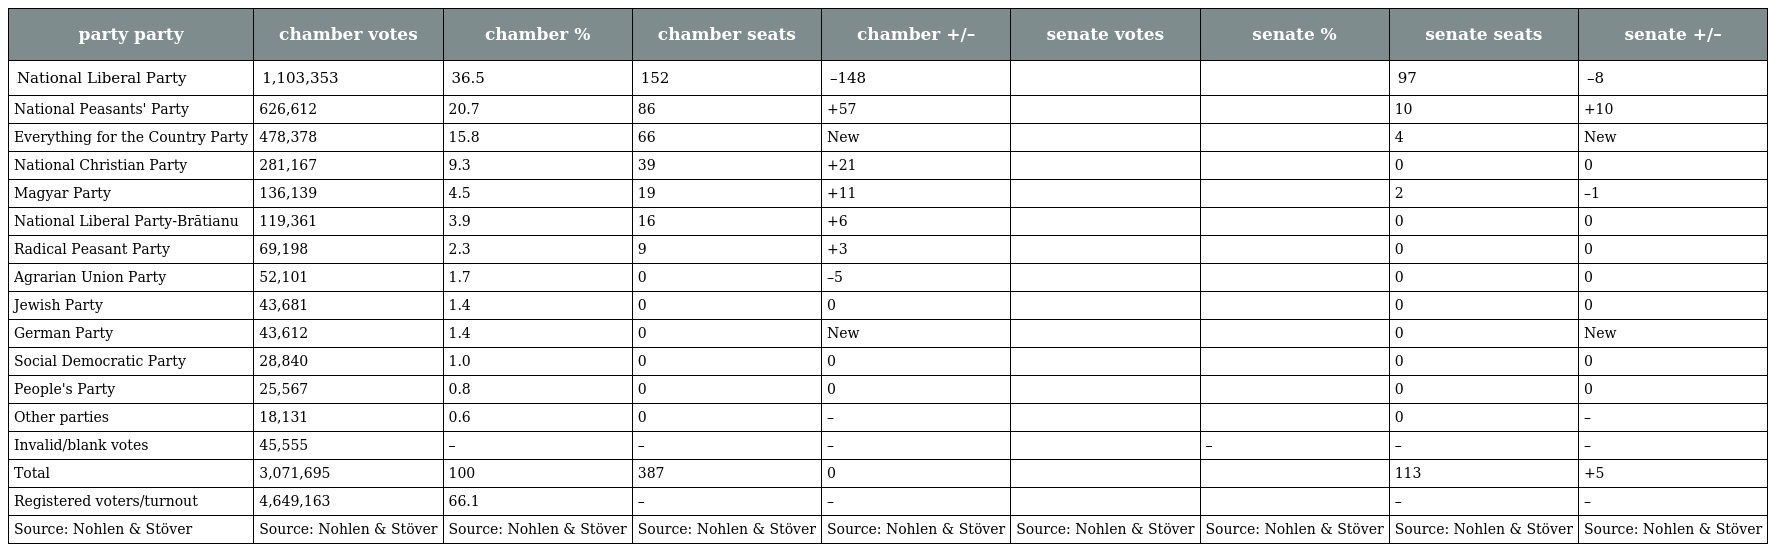
| party party | chamber votes | chamber % | chamber seats | chamber +/– | senate votes | senate % | senate seats | senate +/– |
 | --- | --- | --- | --- | --- | --- | --- | --- | --- |
 | National Liberal Party | 1,103,353 | 36.5 | 152 | –148 |  |  | 97 | –8 |
 | National Peasants' Party | 626,612 | 20.7 | 86 | +57 |  |  | 10 | +10 |
 | Everything for the Country Party | 478,378 | 15.8 | 66 | New |  |  | 4 | New |
 | National Christian Party | 281,167 | 9.3 | 39 | +21 |  |  | 0 | 0 |
 | Magyar Party | 136,139 | 4.5 | 19 | +11 |  |  | 2 | –1 |
 | National Liberal Party-Brătianu | 119,361 | 3.9 | 16 | +6 |  |  | 0 | 0 |
 | Radical Peasant Party | 69,198 | 2.3 | 9 | +3 |  |  | 0 | 0 |
 | Agrarian Union Party | 52,101 | 1.7 | 0 | –5 |  |  | 0 | 0 |
 | Jewish Party | 43,681 | 1.4 | 0 | 0 |  |  | 0 | 0 |
 | German Party | 43,612 | 1.4 | 0 | New |  |  | 0 | New |
 | Social Democratic Party | 28,840 | 1.0 | 0 | 0 |  |  | 0 | 0 |
 | People's Party | 25,567 | 0.8 | 0 | 0 |  |  | 0 | 0 |
 | Other parties | 18,131 | 0.6 | 0 | – |  |  | 0 | – |
 | Invalid/blank votes | 45,555 | – | – | – |  | – | – | – |
 | Total | 3,071,695 | 100 | 387 | 0 |  |  | 113 | +5 |
 | Registered voters/turnout | 4,649,163 | 66.1 | – | – |  |  | – | – |
 | Source: Nohlen & Stöver | Source: Nohlen & Stöver | Source: Nohlen & Stöver | Source: Nohlen & Stöver | Source: Nohlen & Stöver | Source: Nohlen & Stöver | Source: Nohlen & Stöver | Source: Nohlen & Stöver | Source: Nohlen & Stöver |